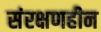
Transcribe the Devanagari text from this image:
संरक्षणहीन